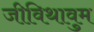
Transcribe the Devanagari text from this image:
जीविथावुम